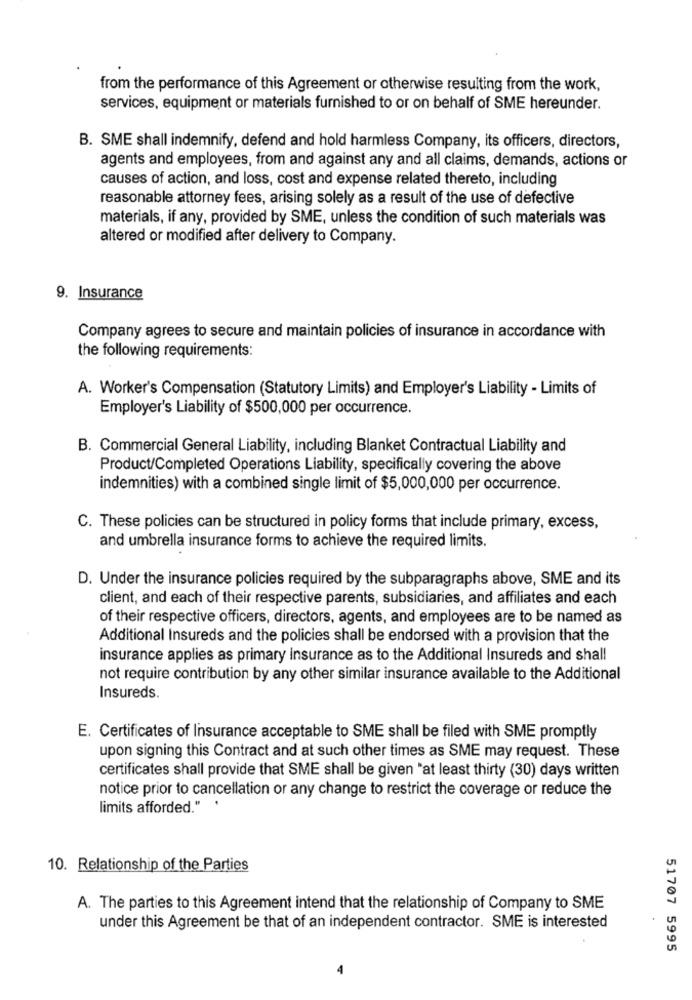
from the performance of this Agreement or otherwise resulting from the work,
services, equipment or materials furnished to or on behalf of SME hereunder.
B. SME shall indemnify, defend and hold harmless Company, its officers, directors,
agents and employees, from and against any and all claims, demands, actions or
causes of action, and loss, cost and expense related thereto, including
reasonable attorney fees, arising solely as a result of the use of defective
materials, if any, provided by SME, unless the condition of such materials was
altered or modified after delivery to Company.
9. Insurance
Company agrees to secure and maintain policies of insurance in accordance with
the following requirements:
A. Worker's Compensation (Statutory Limits) and Employer's Liability - Limits of
Employer's Liability of $500,000 per occurrence.
B. Commercial General Liability, including Blanket Contractual Liability and
Product/Completed Operations Liability, specifically covering the above
indemnities) with a combined single limit of $5,000,000 per occurrence.
C. These policies can be structured in policy forms that include primary, excess,
and umbrella insurance forms to achieve the required limits.
D. Under the insurance policies required by the subparagraphs above, SME and its
client, and each of their respective parents, subsidiaries, and affiliates and each
of their respective officers, directors, agents, and employees are to be named as
Additional Insureds and the policies shall be endorsed with a provision that the
insurance applies as primary insurance as to the Additional Insureds and shall
not require contribution by any other similar insurance available to the Additional
Insureds.
E. Certificates of Insurance acceptable to SME shall be filed with SME promptly
upon signing this Contract and at such other times as SME may request. These
certificates shall provide that SME shall be given "at least thirty (30) days written
notice prior to cancellation or any change to restrict the coverage or reduce the
limits afforded." '
10. Relationship of the Parties
A. The parties to this Agreement intend that the relationship of Company to SME
under this Agreement be that of an independent contractor. SME is interested
51707 5995